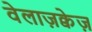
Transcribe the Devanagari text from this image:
वेलाज़क्वेज़